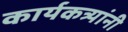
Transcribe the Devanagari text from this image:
कार्यकत्र्यांनी